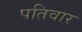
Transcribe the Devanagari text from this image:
पतिवार